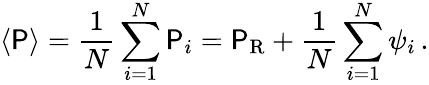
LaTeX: \langle\mathsf{P}\rangle={\frac{{1}}{{N}}}\sum_{i=1}^{N}\mathsf{P}_{i}=\mathsf{P}_{\mathrm{R}}+{\frac{{1}}{{N}}}\sum_{i=1}^{N}\psi_{i}\, .